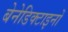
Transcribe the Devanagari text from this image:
बेनेडिक्टाइनों